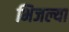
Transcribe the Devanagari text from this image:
भिजल्या